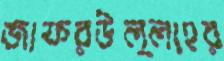
জাফরউল্লাহর